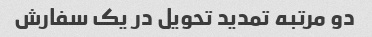
دو مرتبه تمدید تحویل در یک سفارش